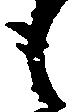
も